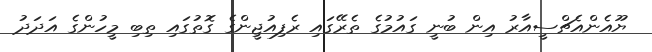
ޔޫއެންއެޗްސީއާރު އިން ބުނީ ގައުމުގެ ތެރޭގައި ރެފިއުޖީންގެ ގޮތުގައި ތިބި މީހުންގެ އަދަދު